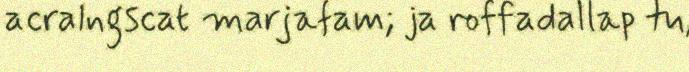
acralngscat marjafam; ja roffadallap tu,